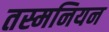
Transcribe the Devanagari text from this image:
तस्मनियन